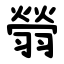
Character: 䎕